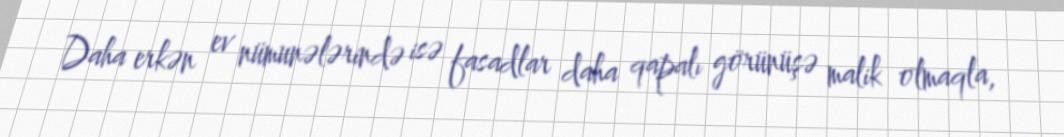
Daha erkən ev nümunələrində isə fasadlar daha qapalı görünüşə malik olmaqla,